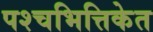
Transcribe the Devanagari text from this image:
पश्चभित्तिकेत